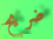
ضريح